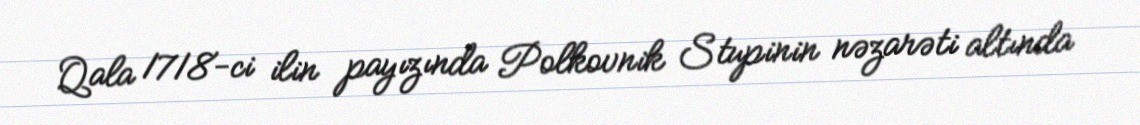
Qala 1718-ci ilin payızında Polkovnik Stupinin nəzarəti altında